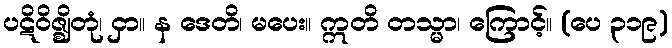
ပဋိဝိဇ္ဈိတုံ၊ ငှာ။ န ဒေတိ၊ မပေး။ ဣတိ တသ္မာ၊ ကြောင့်။ (ပေ ၃၁၉)